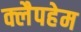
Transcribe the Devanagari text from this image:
क्लैपहेम